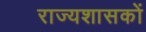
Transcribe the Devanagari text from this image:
राज्यशासकों